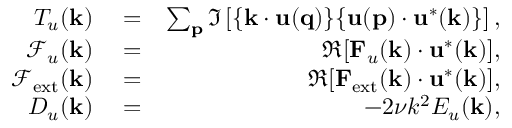
\begin{array} { r l r } { T _ { u } ( { \bf k } ) } & { { } = } & { \sum _ { \bf p } \Im \left[ { \bf \{ k \cdot u ( q ) \} \{ u ( p ) \cdot u ^ { * } ( k ) \} } \right] , } \\ { \mathcal { F } _ { u } ( { \bf k } ) } & { { } = } & { \Re [ { \bf F } _ { u } ( { \bf k } ) \cdot { \bf u } ^ { * } ( { \bf k } ) ] , } \\ { \mathcal { F } _ { \mathrm { e x t } } ( { \bf k } ) } & { { } = } & { \Re [ { \bf F } _ { \mathrm { e x t } } ( { \bf k } ) \cdot { \bf u } ^ { * } ( { \bf k } ) ] , } \\ { D _ { u } ( \mathbf { k } ) } & { { } = } & { - 2 \nu k ^ { 2 } E _ { u } ( { \bf k } ) , } \end{array}